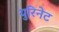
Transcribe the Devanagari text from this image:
युरिनेट